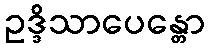
ဥဒ္ဒိသာပေန္တော